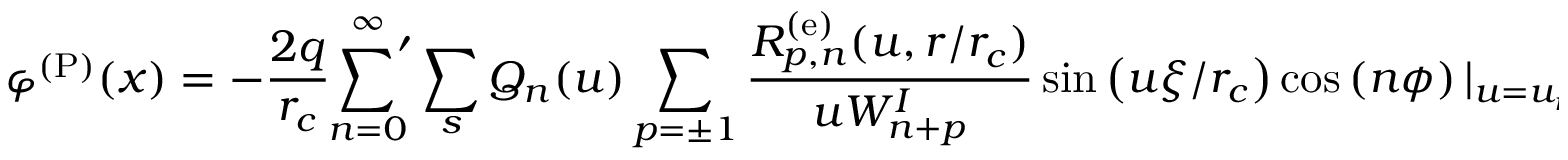
\varphi ^ { \mathrm { ( P ) } } ( x ) = - \frac { 2 q } { r _ { c } } \sideset { } { ' } { \sum } _ { n = 0 } ^ { \infty } \sum _ { s } Q _ { n } ( u ) \sum _ { p = \pm 1 } \frac { R _ { p , n } ^ { \mathrm { ( e ) } } ( u , r / r _ { c } ) } { u W _ { n + p } ^ { I } } \sin \left( u \xi / r _ { c } \right) \cos \left( n \phi \right) | _ { u = u _ { n , s } } ,